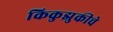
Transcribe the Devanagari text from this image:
किकुझुकीचे